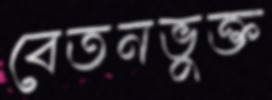
বেতনভুক্ত